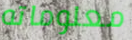
معلوماته